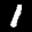
Label: 1